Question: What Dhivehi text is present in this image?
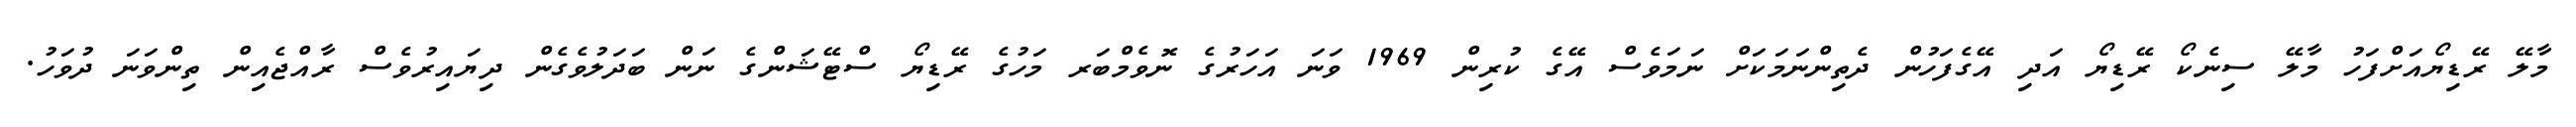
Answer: މާލޭ ރޭޑިޔޯއަށްފަހު މާލޭ ސިނެކޯ ރޭޑިޔޯ އަދި އޭގެފަހުން ދެތިންނަމަކަށް ނަމަވެސް އޭގެ ކުރިން 1969 ވަނަ އަހަރުގެ ނޮވެމްބަރ މަހުގެ ރޭޑިޔޯ ސްޓޭޝަންގެ ނަން ބަދަލުވެގެން ދިޔައިރުވެސް ރާއްޖެއިން ތިންވަނަ ދުވަހު.